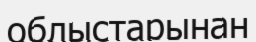
облыстарынан